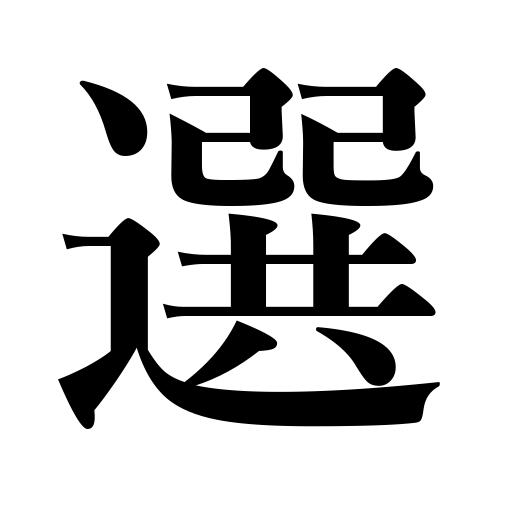
Meanings: choose,choice,cull out,elect,prefer,select,selection,decide on